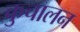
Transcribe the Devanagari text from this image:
कुचालन